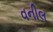
વનીલ